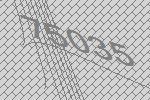
75035